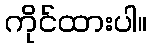
ကိုင်ထားပါ။